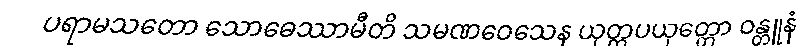
ပရာမသတော သောဓေဿာမီတိ သမဏဝေသေန ယုတ္တပယုတ္တော ဝန္တူနံ